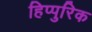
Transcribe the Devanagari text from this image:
हिप्पुरिक